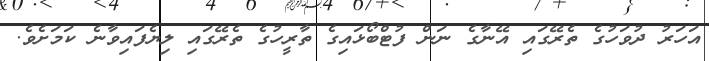
އަހަރު ދުވަހުގެ ތެރޭގައި އޭނާގެ ނަން ފުޓްބޯޅައިގެ ތާރީހުގެ ތެރޭގައި ލިޔެފައިވާނެ ކަމަށެވެ.